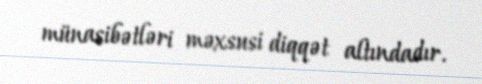
münasibətləri məxsusi diqqət altındadır.